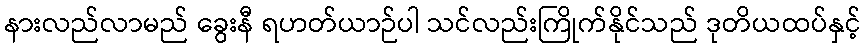
နားလည်လာမည် ခွေးနီ ရဟတ်ယာဉ်ပါ သင်လည်းကြိုက်နိုင်သည် ဒုတိယထပ်နှင့်